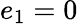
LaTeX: e_{1}=0